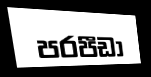
පරපීඩා